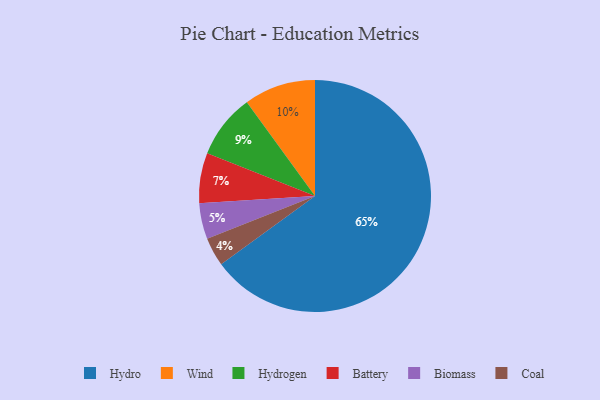
{"axis": {"x": "Category", "y": "Percentage"}, "legend": ["Battery", "Biomass", "Coal", "Hydro", "Hydrogen", "Wind"], "data": [{"x": "Hydrogen", "y": 9, "type": "Hydrogen"}, {"x": "Wind", "y": 10, "type": "Wind"}, {"x": "Battery", "y": 7, "type": "Battery"}, {"x": "Hydro", "y": 65, "type": "Hydro"}, {"x": "Biomass", "y": 5, "type": "Biomass"}, {"x": "Coal", "y": 4, "type": "Coal"}]}